Development of the parasite of Indian kala azar - Number 53
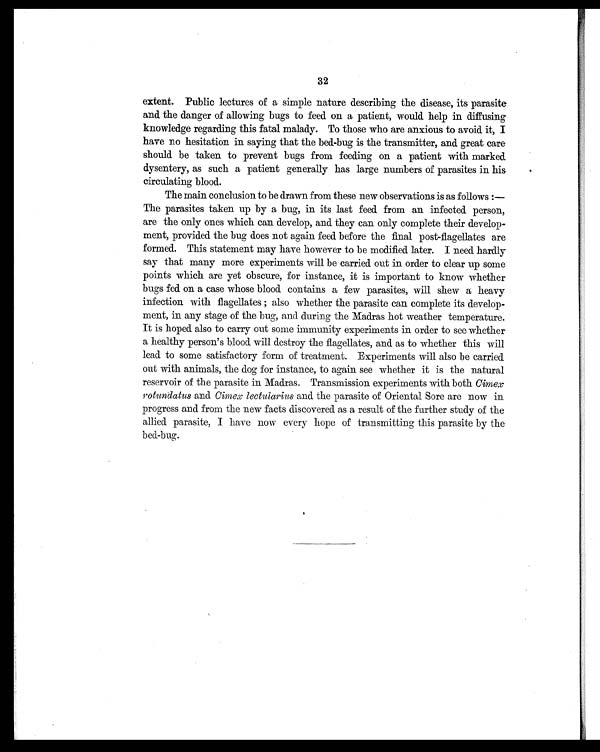
32
extent. Public lectures of a simple nature describing the disease, its parasite
and the danger of allowing bugs to feed on a patient, would help in diffusing
knowledge regarding this fatal malady. To those who are anxious to avoid it, I
have no hesitation in saying that the bed-bug is the transmitter, and great care
should be taken to prevent bugs from feeding on a patient with marked
dysentery, as such a patient generally has large numbers of parasites in his
circulating blood.
The main conclusion to be drawn from these new observations is as follows :-
The parasites taken up by a bug, in its last feed from an infected person,
are the only ones which can develop, and they can only complete their develop-
ment, provided the bug does not again feed before the final post-flagellates are
formed. This statement may have however to be modified later. I need hardly
say that many more experiments will be carried out in order to clear up some
points which are yet obscure, for instance, it is important to know whether
bugs fed. on a case whose blood contains a few parasites, will shew a heavy
infection with flagellates ; also whether the parasite can complete its develop-
ment, in any stage of the bug, and during the Madras hot weather temperature.
It is hoped also to carry out some immunity experiments in order to see whether
a healthy person's blood will destroy the flagellates, and as to whether this will
lead to some satisfactory form of treatment. Experiments will also be carried.
out with animals, the dog for instance, to again see whether it is the natural
reservoir of the parasite in Madras. Transmission experiments with both Cimex
votundatus and Cimex lectularius and the parasite of Oriental Sore are now in
progress and from the new facts discovered as a result of the further study of the
allied parasite, I have now every hope of transmitting this parasite by the
bed-bug.